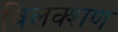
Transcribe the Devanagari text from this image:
विलक्शण